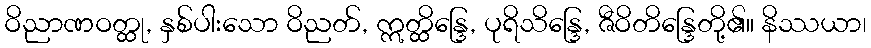
ဝိညာဏဝတ္ထု, နှစ်ပါးသော ဝိညတ်, ဣတ္ထိန္ဒြေ, ပုရိသိန္ဒြေ, ဇီဝိတိန္ဒြေတို့၏။ နိဿယာ၊